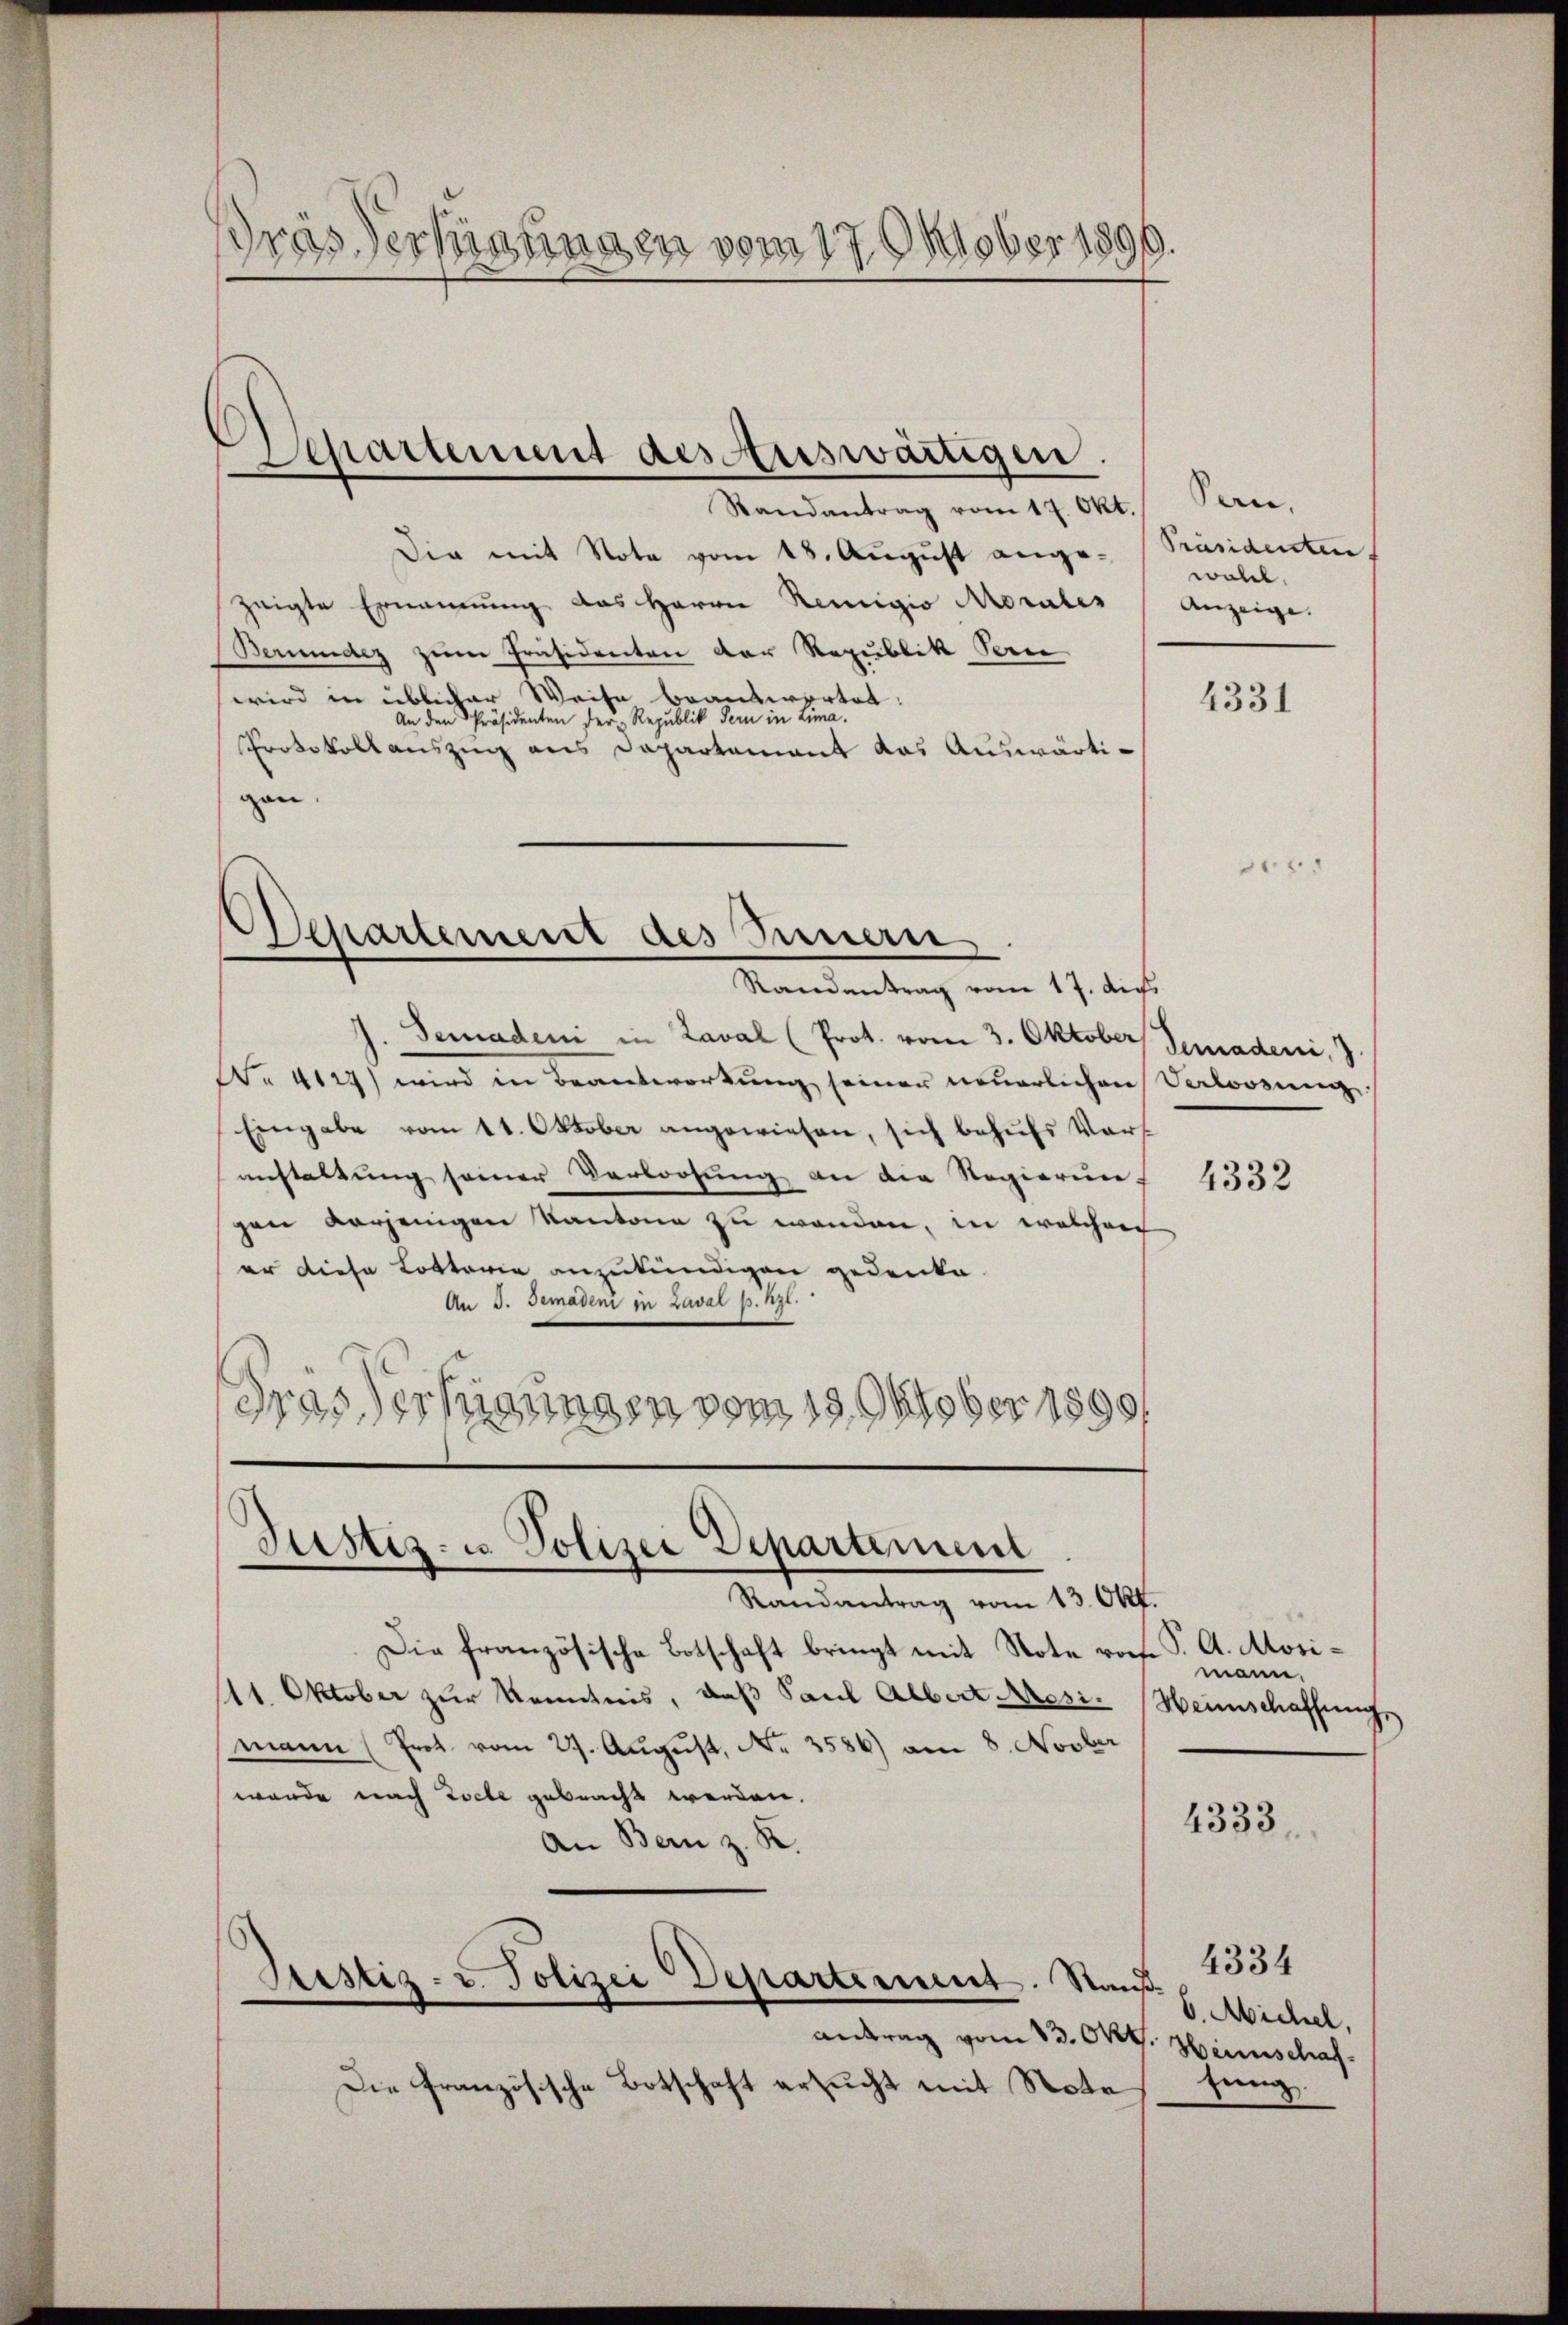
dras Verbietingen vom 17. Oktober 180

partement des Auswärtigen.

Randantrag vom 17. Okt.
Die mit Note vom 18. August angezeigte Ernennung das Herrn Remigio Morales
Bermindez zum Präsidenten der Republik Peorie
wird in üblicher Weise beantwortet:
An den Präsidenten der Republik dern in Lima.
Protokollauszug aus Dapartement das Auswärtigen.

Separtement des Innern
Randantrag vom 17. Auss

J. Demadeni in Zaval (Prot. vom 3. Oktober Gemadeni,
Nr. 4129) wird in Beantwortung seiner neuerlichen Verloosung
Eingabe vom 11. Oktober angewiesen, sich behufs Voranstaltung seiner Verloosung an die Regierung 4333
gen verjenigen Kantone zu werden, in welchen
er diese Lotterie anzukündigen gedenke.
An 3. Gemadeni in Zaval p. zt.
Gras Verfügungen vom 19. Oktober 1890
a

Justiz- u. Polizei Departement
Randantrag vom 13. Okt.

Die französische Botschaft bringt mit Note vorhe
11. Oktober zur Kenntnis, daß Paul Albert Kresi-
mann (Prot. vom 27. August, No. 3586) am 8. Novber
wurde nach Loche gebracht werden.
An Bern z. R.
Prestiz- u. Polizei-Departement. Stan
e
Antrag vom 13. Okt
Die Französische Botschaft ersucht mit Note

San.
Präsidenten,
wohl.
Anzeige.

4331

A. Mosimann.
Heinschaffung.

4333

4334
¬
6. Michel,
Heimschaf
sung.